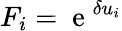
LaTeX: F_{i}=\mathrm{~e~}^{\delta u_{i}}